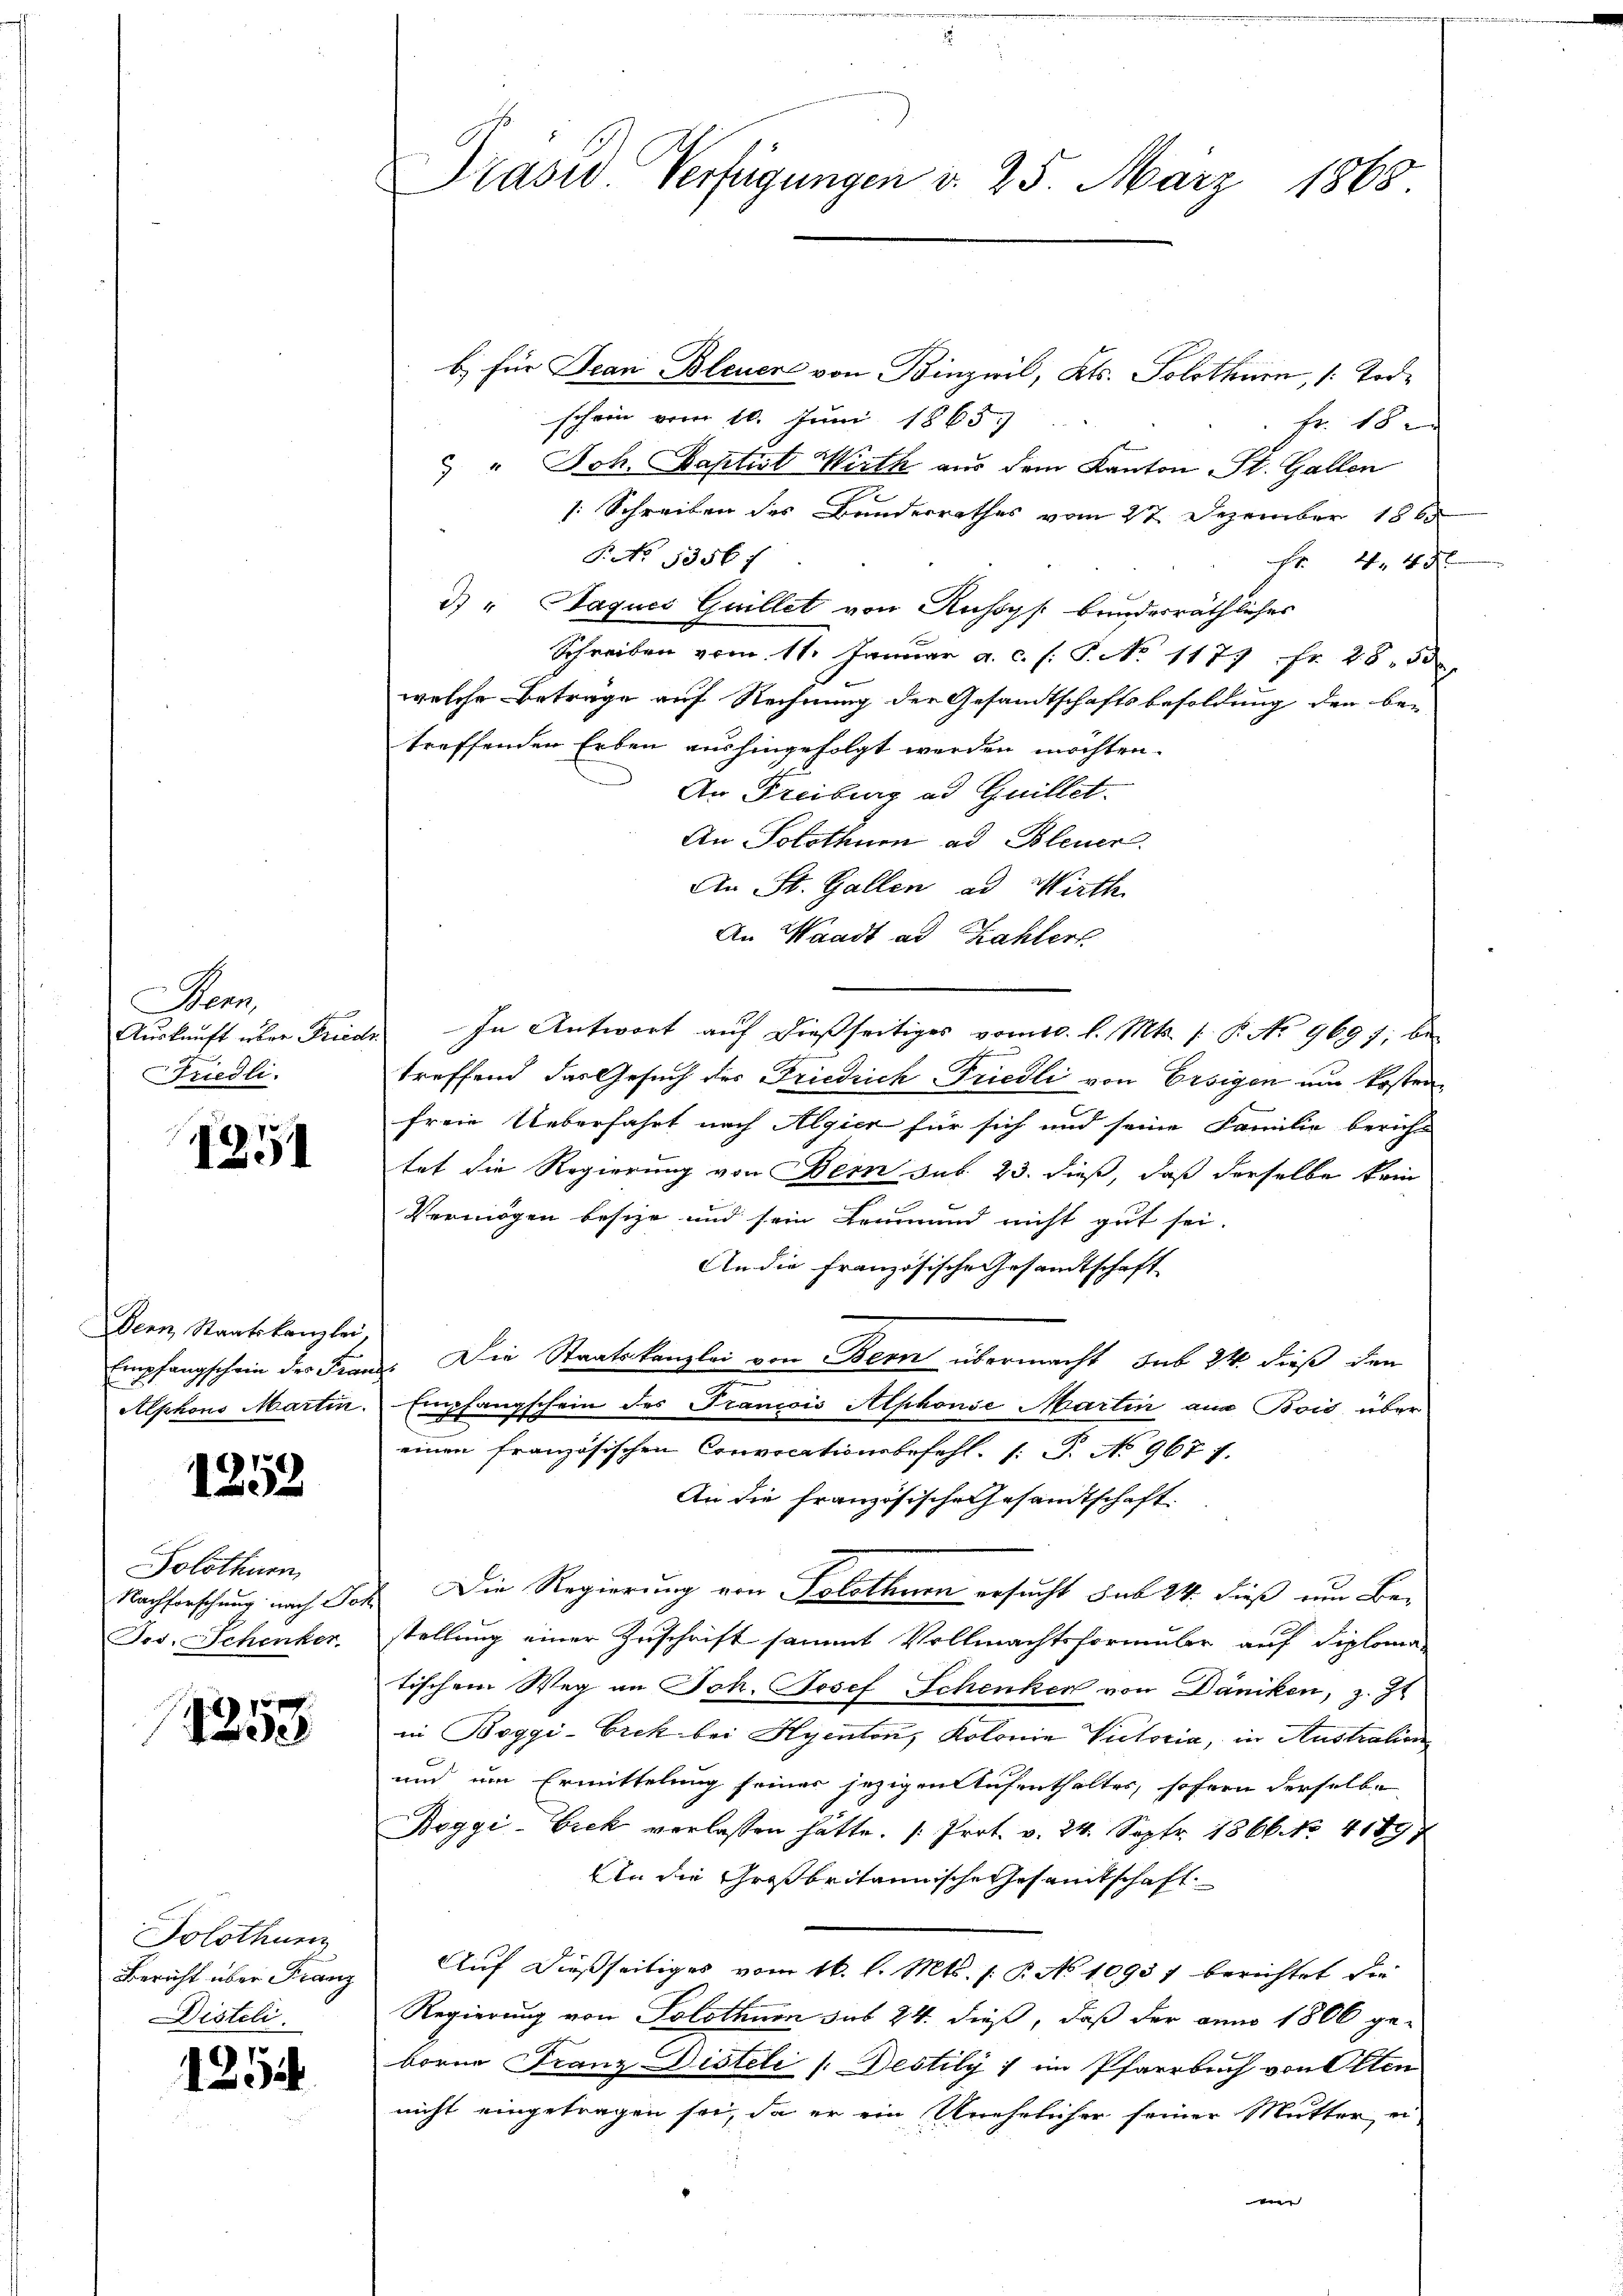
Nam
Auskunft über Friede
Friedli.

1251

Der Staatskanzlei,
Empfangschein der Fran
Alphons Martin.

1252

Solothurn
Nachforschung nach Sor
Tos. Schenker

5
0

Solothurn
Bericht über Franz
Disteli

1254

Präsid. Verfügungen v. 25. März 1863.

b) für Jean Bleuere von Binzwil, Kts. Solothurn, 1. Tod.
schein vom 10. Juni 1865.
fr. 18 x
 " Joh. Baptist Wirth aus dem Kanton St. Gallen
: Schreiben des Banderrathes vom 27. Dezember 1868
P. No 13567
F 44 x
d) " Jaques Guillet von Anhögs bundesräthlicher
Schreiben vom 11. Januar a. c. s. S. No 1177 Fr. 28. 5
welche Betrage auf Rechnung der Gesandtschaftsbesoldung den be-
treffenden Erben aushingefolgt werden möchten.
An Freiburg ad Guillet.
An Solothurn ad Bleuer.
An St. Gallen ad Wirth
An Waadt ad Zahlert
In Antwort auf dießseitiges vom 10. l. Mts. 1. P. No 9697, be-
treffend das Gesuch der Friedrich Friedli von Ersigen am Kosten
freie Ueberfahrt nach Algier für sich und seine Familie bericht
tat die Regierung von Bern sub 23. dieß, daß derselbe kein
Vermögen besize und sein Leumund nicht gut sei.
An die Französische Gesamtschaft
: Die Staatskanzlei von Bern übermacht sub 24 dieß den
Empfangschein des Francois Alphonie Martin ana Bois über
einen französischen Convocationsbefehl 1 S. No 9677.
An die Französische Gesandtschaft
Die Regierung von Solothurn ersucht sub 24. dieß um Be-
stellung einer Zuschrift sammt Vollmachtsformular auf diploma-
tischem Weg an Joh. Josef Schenker von Däniken, z. Zt.
in Boggi-Cick bei Hyenton, Kolonia Victoria, in Austration
und um Ermittelung seines jezigen Aufenthaltes, sofern derselbe
Boggi-Erek verlassen hätte. (Prot. v. 24. Sept. 1866. No. 4189
An die Großbritannische Gesandtschaft
Auf dießseitiges vom 16. l. Mts. (: P. No 1093 f berichtet sie
Regierung von Solothurn sub 24. dieß, daß der anno 1806 ge-
borne Franz Disteli v. Destily ; im Pfarrbuch von Otten
nicht eingetragen sei, da er ein Unehelicher seiner Mutter ei